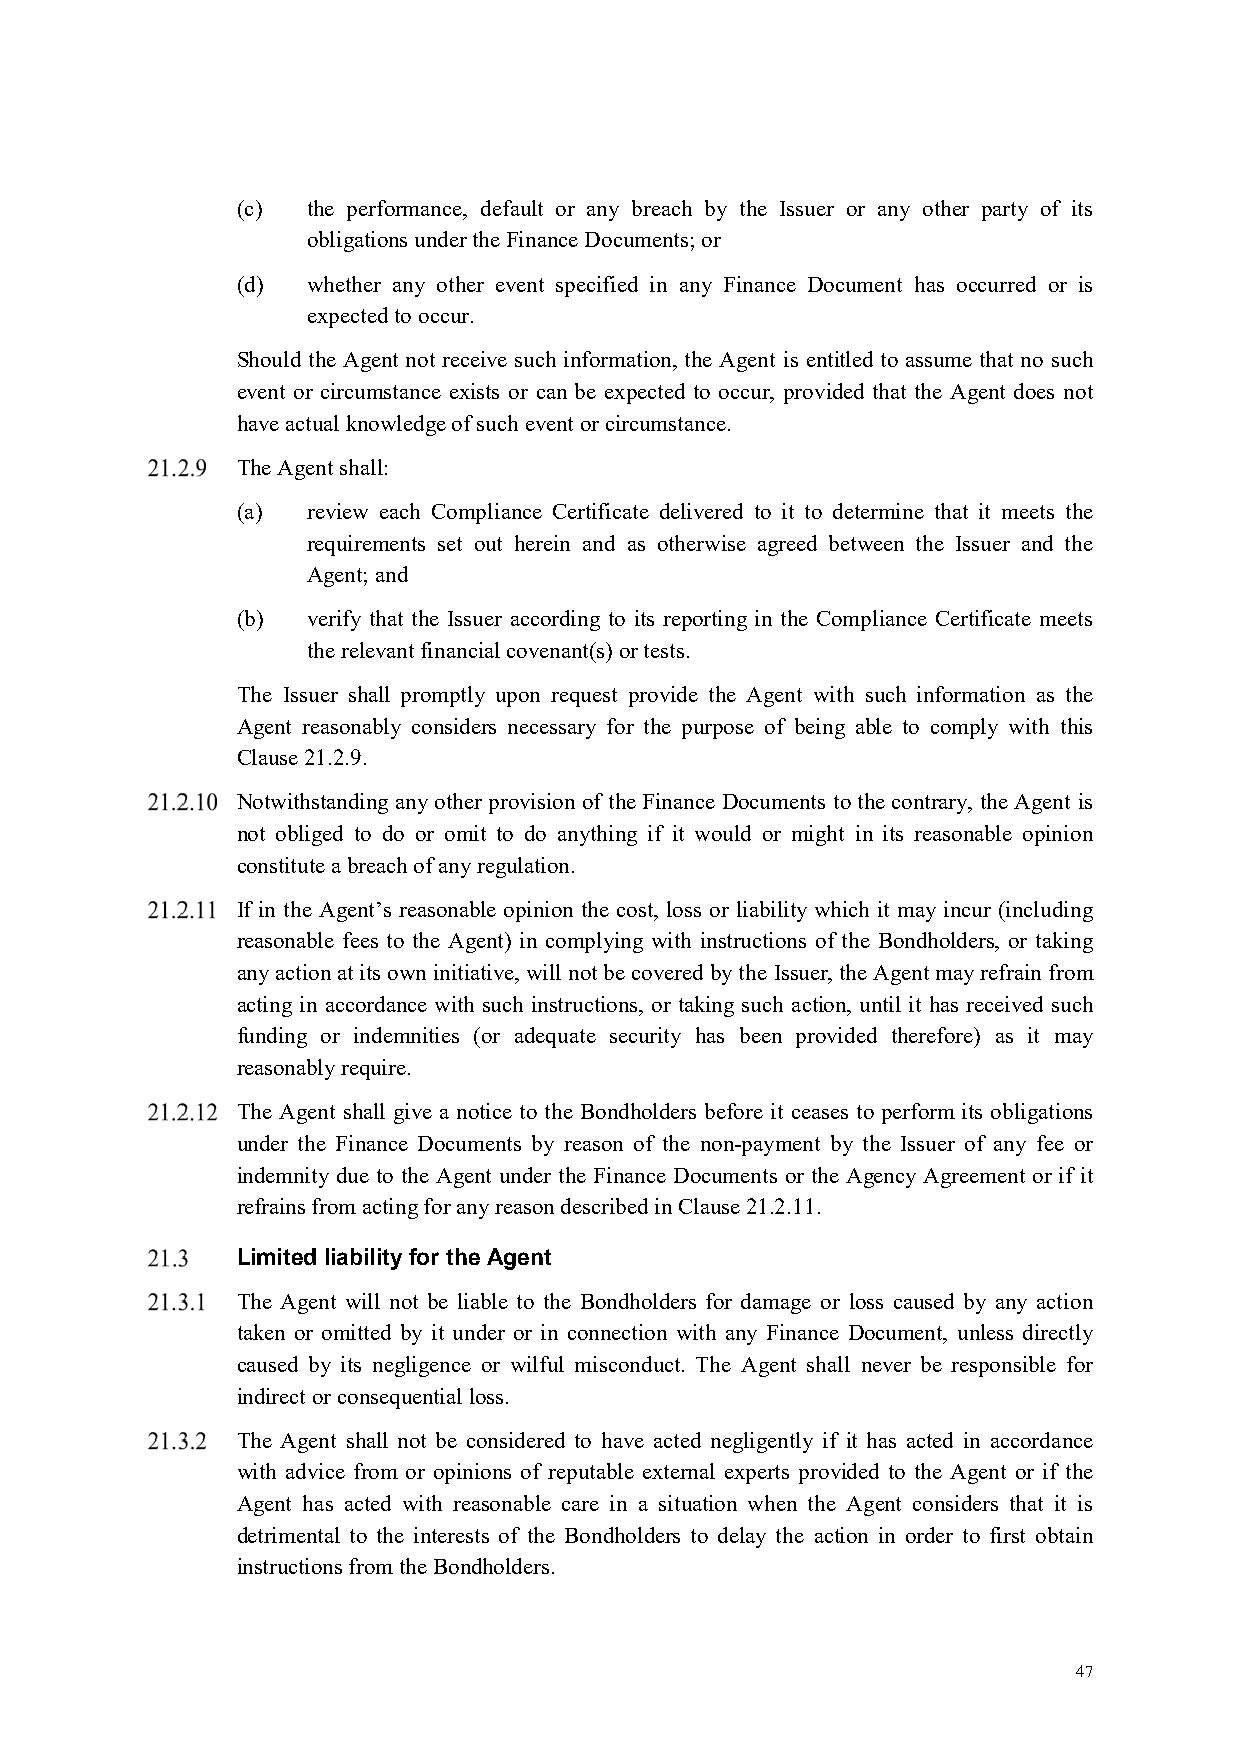
(c) the performance, default or any breach by the Issuer or any other party of its
 obligations under the Finance Documents; or
 (d) whether any other event specified in any Finance Document has occurred or is
 expected to occur.
 Should the Agent not receive such information, the Agent is entitled to assume that no such
 event or circumstance exists or can be expected to occur, provided that the Agent does not
 have actual knowledge of such event or circumstance.
 The Agent shall:
 (a) review each Compliance Certificate delivered to it to determine that it meets the
 requirements set out herein and as otherwise agreed between the Issuer and the
 Agent; and
 (b) verify that the Issuer according to its reporting in the Compliance Certificate meets
 the relevant financial covenant(s) or tests.
 The Issuer shall promptly upon request provide the Agent with such information as the
 Agent reasonably considers necessary for the purpose of being able to comply with this
 Clause 21.2.9.
 Notwithstanding any other provision of the Finance Documents to the contrary, the Agent is
 not obliged to do or omit to do anything if it would or might in its reasonable opinion
 constitute a breach of any regulation.
 If in the Agent’s reasonable opinion the cost, loss or liability which it may incur (including
 reasonable fees to the Agent) in complying with instructions of the Bondholders, or taking
 any action at its own initiative, will not be covered by the Issuer, the Agent may refrain from
 acting in accordance with such instructions, or taking such action, until it has received such
 funding or indemnities (or adequate security has been provided therefore) as it may
 reasonably require.
 The Agent shall give a notice to the Bondholders before it ceases to perform its obligations
 under the Finance Documents by reason of the non-payment by the Issuer of any fee or
 indemnity due to the Agent under the Finance Documents or the Agency Agreement or if it
 refrains from acting for any reason described in Clause 21.2.11.
 Limited liability for the Agent
 The Agent will not be liable to the Bondholders for damage or loss caused by any action
 taken or omitted by it under or in connection with any Finance Document, unless directly
 caused by its negligence or wilful misconduct. The Agent shall never be responsible for
 indirect or consequential loss.
 The Agent shall not be considered to have acted negligently if it has acted in accordance
 with advice from or opinions of reputable external experts provided to the Agent or if the
 Agent has acted with reasonable care in a situation when the Agent considers that it is
 detrimental to the interests of the Bondholders to delay the action in order to first obtain
 instructions from the Bondholders.
 47